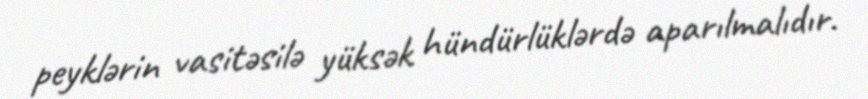
peyklərin vasitəsilə yüksək hündürlüklərdə aparılmalıdır.